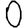
Digit: 0